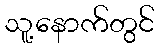
သူ့နောက်တွင်